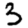
Digit: 3